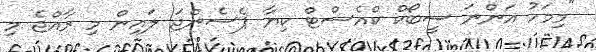
"މިމަހު އަންނަ ސީބޯކް ކްއެސްޓް ކިޔާ ޕެސެންޖަ ލައިން މި ރާއްޖެ މި